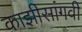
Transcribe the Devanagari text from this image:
काझीसांगवी